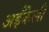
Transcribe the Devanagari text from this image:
अहँकेली